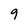
Character: 9